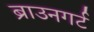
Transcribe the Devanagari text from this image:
ब्राउनगर्ट